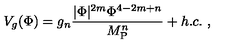
V _ { g } ( \Phi ) = g _ { n } { \frac { | \Phi | ^ { 2 m } \Phi ^ { 4 - 2 m + n } } { M _ { \mathrm { P } } ^ { n } } } + h . c . \ ,